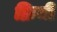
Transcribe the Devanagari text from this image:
क्रिमी